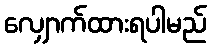
လျှောက်ထားရပါမည်